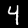
Label: 4